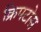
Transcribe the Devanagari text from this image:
क्रिपटोस